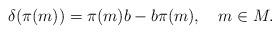
LaTeX: \begin{align*}\delta(\pi(m))=\pi(m)b-b\pi(m),\ \ \ m\in M.\end{align*}